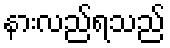
နားလည်ရသည်